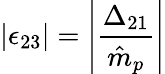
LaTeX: |\epsilon_{23}|=\left|\frac{\Delta_{21}}{\hat{m}_{p}}\right|